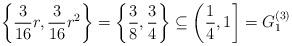
LaTeX: \begin{align*}\left\{ \frac{3}{16} r, \frac{3}{16} r^2\right\} = \left\{ \frac{3}{8}, \frac{3}{4} \right\} \subseteq \left( \frac{1}{4}, 1 \right] = G_1^{(3)}\end{align*}